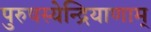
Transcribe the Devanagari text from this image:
पुरुषस्येन्द्रियाणाम्